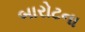
બારોટના